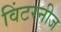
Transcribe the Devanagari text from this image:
विंटरनीज